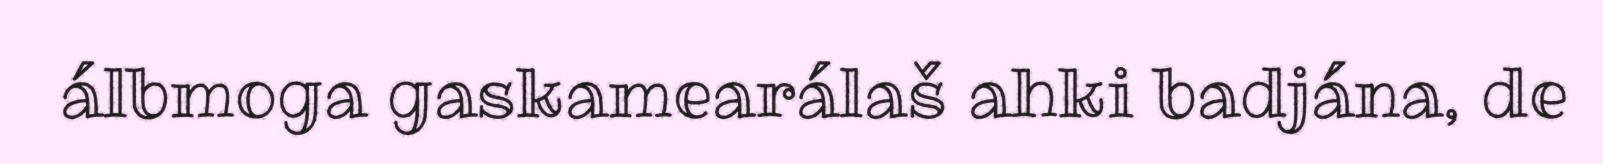
álbmoga gaskamearálaš ahki badjána, de